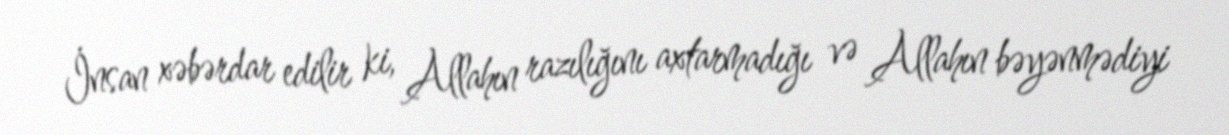
İnsan xəbərdar edilir ki, Allahın razılığını axtarmadığı və Allahın bəyənmədiyi